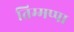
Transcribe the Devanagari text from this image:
तिम्मप्पा